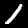
Label: 1